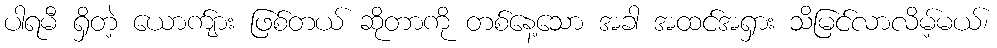
ပါရမီ ရှိတဲ့ ယောက်ျား ဖြစ်တယ် ဆိုတာကို တစ်နေ့သော အခါ အထင်အရှား သိမြင်လာလိမ့်မယ်၊